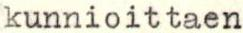
kunnioittaen